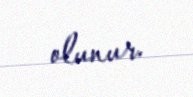
olunur.